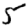
Digit: 5